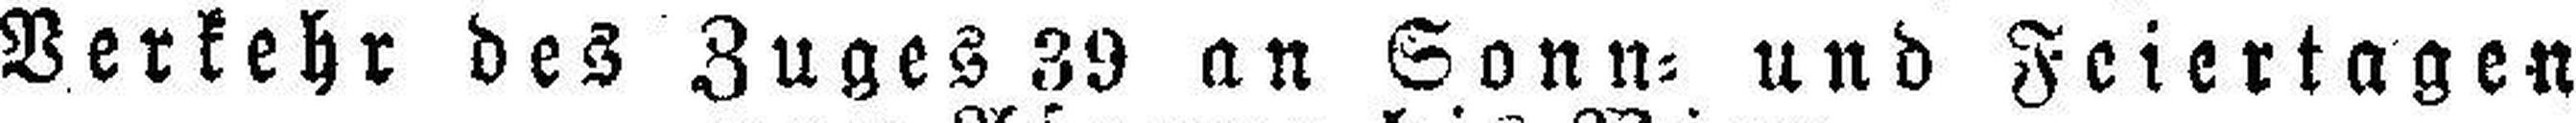
Verkehr des Zuges 39 an Sonn= und Feiertagen